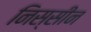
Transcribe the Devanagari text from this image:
निस्सीन